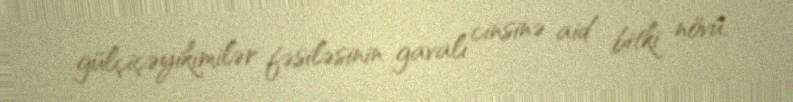
gülçiçəyikimilər fəsiləsinin gavalı cinsinə aid bitki növü.